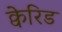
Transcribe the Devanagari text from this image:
क्वेरिड